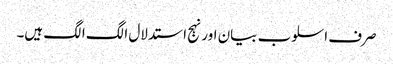
صرف اسلوب بیان اور نہج استدلال الگ الگ ہیں۔